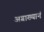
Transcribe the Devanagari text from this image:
अग्राख्यानं